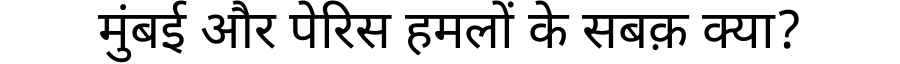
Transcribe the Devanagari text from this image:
मुंबई और पेरिस हमलों के सबक़ क्या?